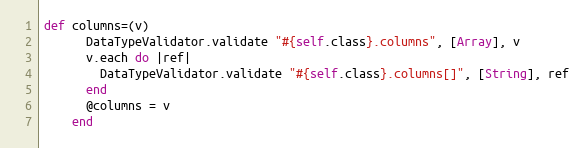
Language: Ruby
def columns=(v)
      DataTypeValidator.validate "#{self.class}.columns", [Array], v
      v.each do |ref|
        DataTypeValidator.validate "#{self.class}.columns[]", [String], ref
      end
      @columns = v
    end